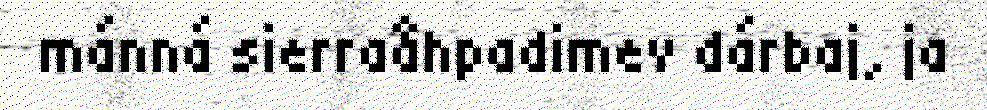
mánná sierraåhpadimev dárbaj, ja